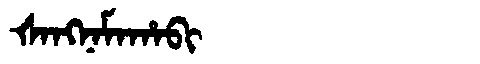
Manchu: ᡧᠠᠩᠨᠠᠮᠠᡥᠠᠪᡳ
Romanization: ŠANGNAMAHABI